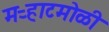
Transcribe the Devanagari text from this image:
मऱ्हाटमोळी